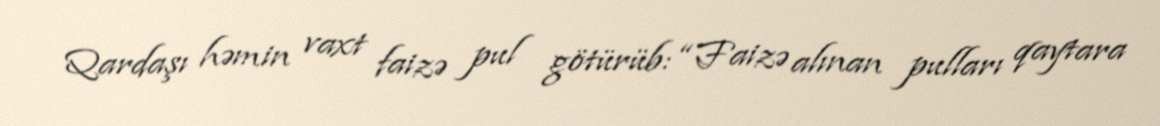
Qardaşı həmin vaxt faizə pul götürüb: “Faizə alınan pulları qaytara